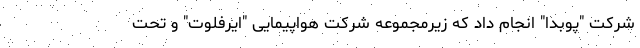
شرکت "پوبدا" انجام داد که زیرمجموعه شرکت هواپیمایی "ایرفلوت" و تحت